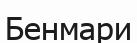
Бенмари